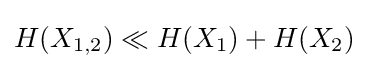
H(X_{1,2})\ll H(X_{1})+H(X_{2})